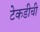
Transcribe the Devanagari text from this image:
टेकडीची